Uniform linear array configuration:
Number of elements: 8
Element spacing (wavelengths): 0.75
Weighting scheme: cosine
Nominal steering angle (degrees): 0
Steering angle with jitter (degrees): -0.124
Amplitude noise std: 0.05
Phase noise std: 0.05

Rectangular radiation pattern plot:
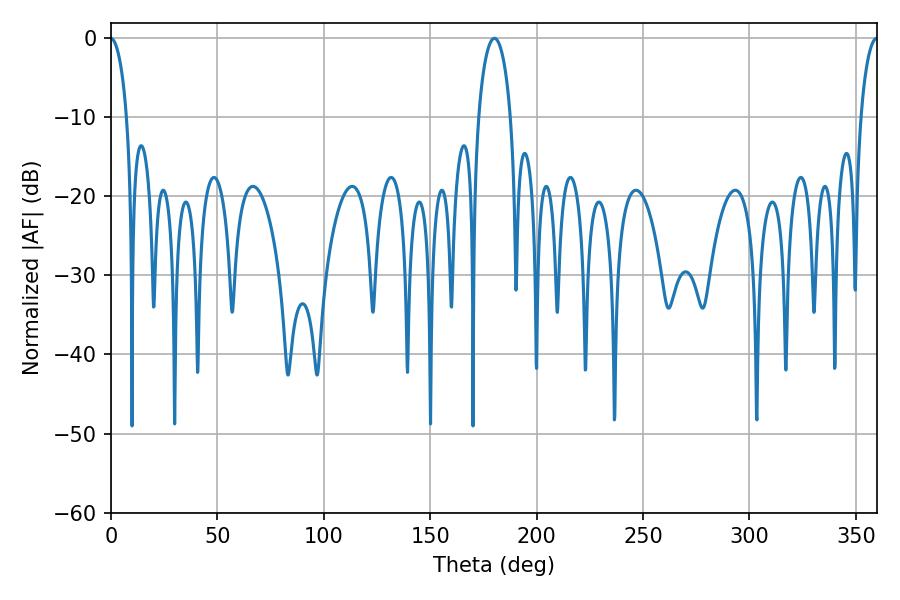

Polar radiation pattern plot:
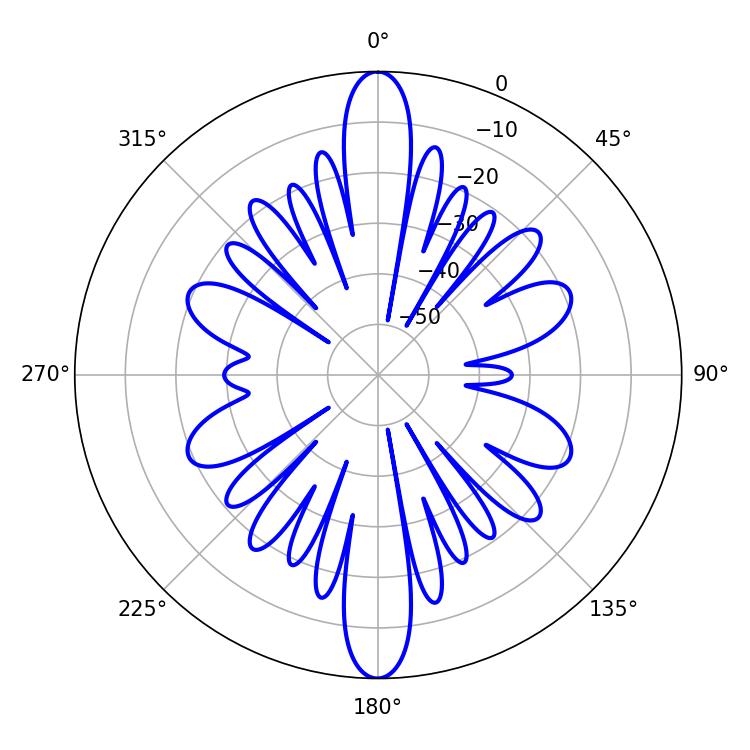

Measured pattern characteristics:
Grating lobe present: TRUE
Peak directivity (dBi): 36.115
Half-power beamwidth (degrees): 8.64
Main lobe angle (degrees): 180.18